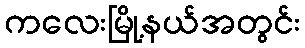
ကလေးမြို့နယ်အတွင်း